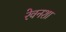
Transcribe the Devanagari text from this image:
रेवनशा